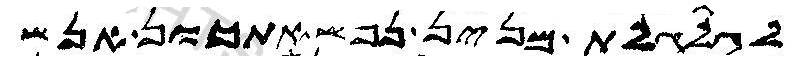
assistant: לגלגלת מנין נפשאתכון אנש